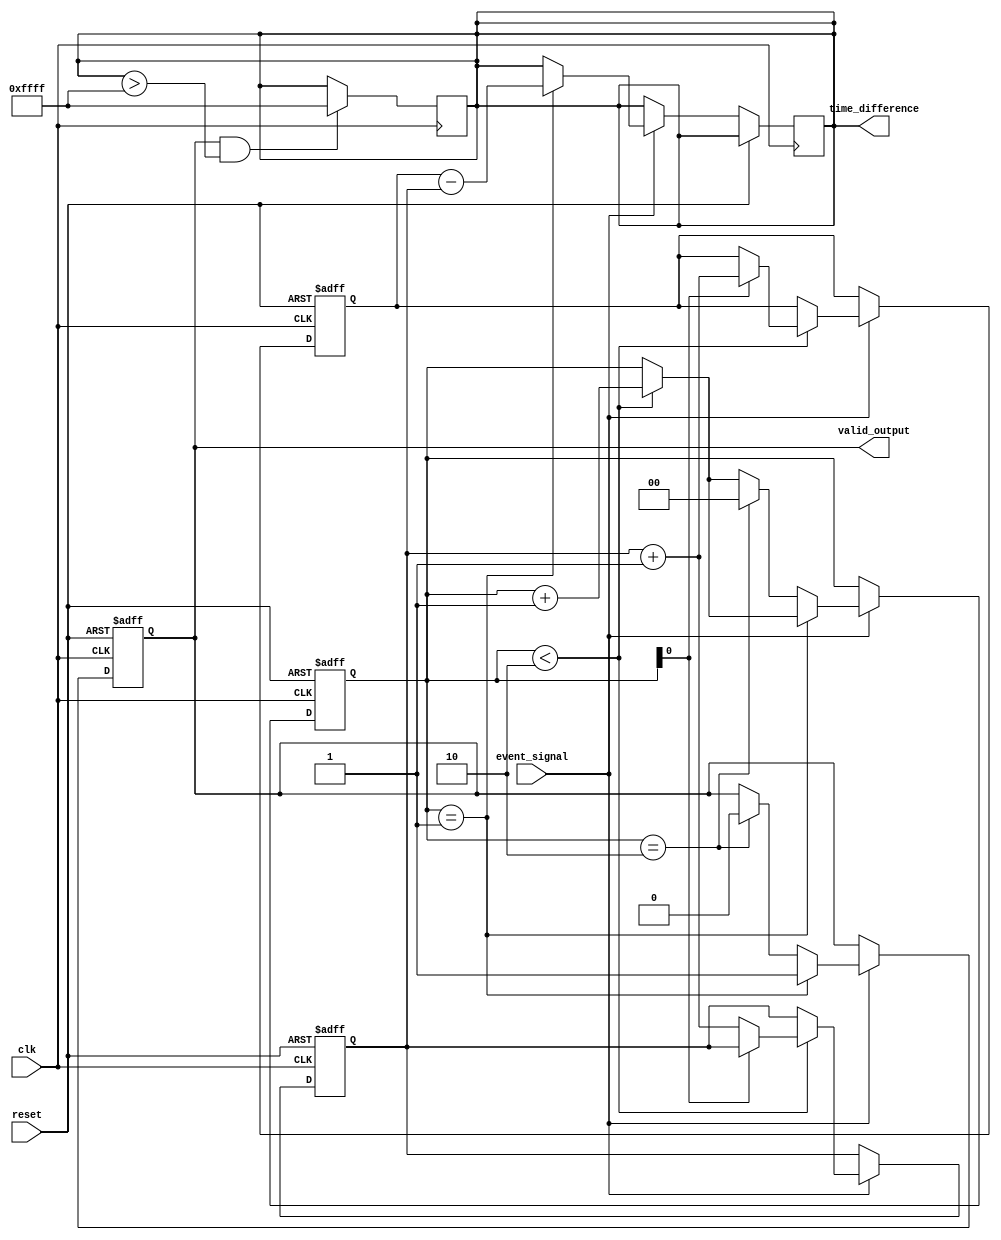
module TDC (
    input wire clk,                 // System clock
    input wire reset,               // Asynchronous reset
    input wire event_signal,        // Event signal to be measured
    output reg [15:0] time_difference, // Output time difference
    output reg valid_output          // Output valid flag
);

    // Parameter for maximum timestamps
    parameter MAX_TIMESTAMP = 16'hFFFF;

    // Internal signals
    reg [15:0] timestamp_mem[1:0];   // Dual-port memory for timestamps
    reg [1:0] event_counter;          // Counter for events
    reg [15:0] previous_timestamp;    // Store previous timestamp
    reg capturing;                    // Flag to indicate capturing state

    // Event Detection Logic
    always @(posedge clk or posedge reset) begin
        if (reset) begin
            event_counter <= 2'b00;
            capturing <= 1'b0;
            timestamp_mem[0] <= 16'h0;
            timestamp_mem[1] <= 16'h0;
            valid_output <= 1'b0;
        end else if (event_signal) begin
            if (event_counter < 2'b10) begin
                // Capture timestamp on event
                timestamp_mem[event_counter] <= timestamp_mem[0] + 1; // Increment timestamp (simplified)
                event_counter <= event_counter + 1;
            end
            
            // If two events captured, calculate time difference
            if (event_counter == 2'b01) begin
                // Calculate time difference between first and second event
                time_difference <= timestamp_mem[1] - timestamp_mem[0];
                valid_output <= 1'b1;
                capturing <= 1'b1;
                previous_timestamp <= timestamp_mem[1];
            end else if (event_counter == 2'b10) begin
                // Reset for next capture
                event_counter <= 2'b00;
                capturing <= 1'b0;
                valid_output <= 1'b0;
            end
        end
    end

    // Handling Overflow (optional)
    // This can be added to check if time_difference exceeds MAX_TIMESTAMP
    always @(posedge clk) begin
        if (valid_output && (time_difference > MAX_TIMESTAMP)) begin
            // Handle overflow case
            time_difference <= MAX_TIMESTAMP; // or wrap-around logic
        end
    end

endmodule